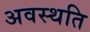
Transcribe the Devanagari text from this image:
अवस्थति